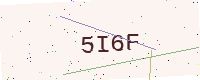
Text: 5I6F